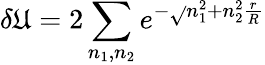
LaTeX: \delta\mathfrak{U}=2\sum_{n_{1},n_{2}}e^{-\sqrt{}{{n_{1}^{2}+n_{2}^{2}}}\frac{{r}}{{R}}}